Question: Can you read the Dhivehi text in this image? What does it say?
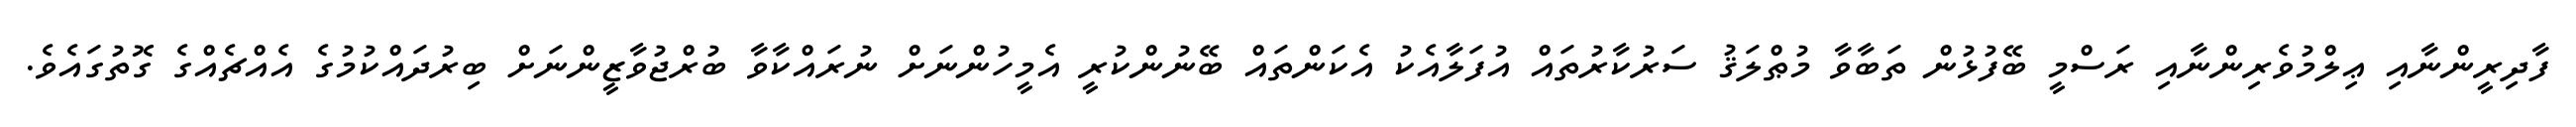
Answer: ފާދިރީންނާއި ޢިލްމުވެރިންނާއި ރަސްމީ ބޭފުޅުން ތަބާވާ މުޠްލަޤު ސަރުކާރުތައް އުފަލާއެކު އެކަންތައް ބޭނުންކުރީ އެމީހުންނަށް ނުރައްކާވާ ބުރްޖުވާޒީންނަށް ބިރުދައްކުމުގެ އެއްޗެއްގެ ގޮތުގައެވެ.